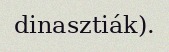
dinasztiák).